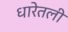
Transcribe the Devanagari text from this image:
धारेतली